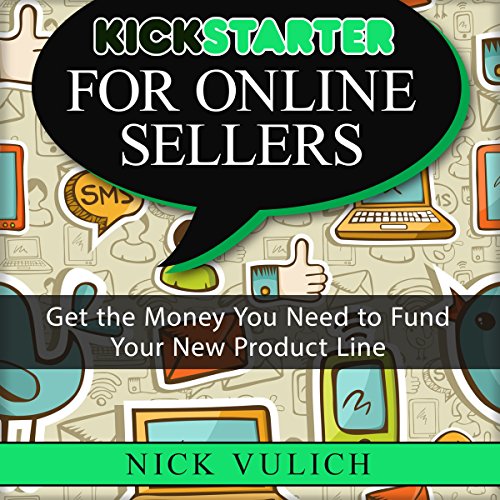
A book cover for Kickstarter for Online Sellers: Get the Money You Need to Fund Your New Product Line; Nick Vulich; Business & Money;